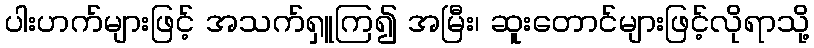
ပါးဟက်များဖြင့် အသက်ရှူကြ၍ အမြီး၊ ဆူးတောင်များဖြင့်လိုရာသို့